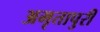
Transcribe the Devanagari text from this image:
अमृतापुरी